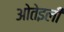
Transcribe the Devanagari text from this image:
ओतेइली